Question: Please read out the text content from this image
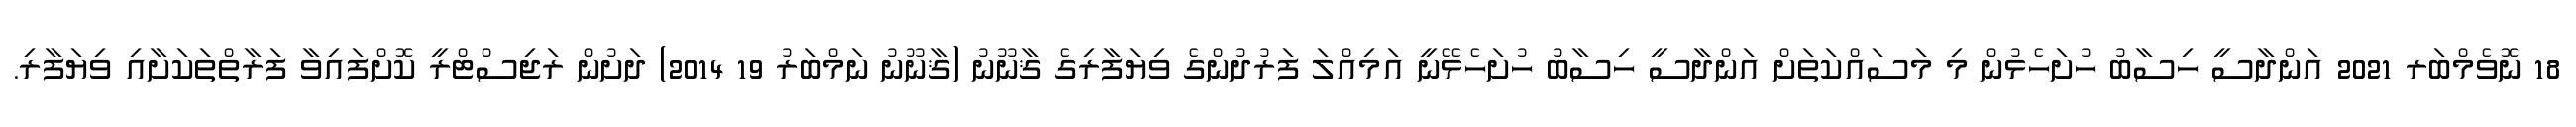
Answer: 18 ނޮވެމްބަރ 2021 އަންދާސީ ހިސާބު ހުށަހެޅުން މި މަސައްކަތަށް އަންދާސީ ހިސާބު ހުށަހެޅޭނީ އަމިއްލަ ފަރުދުންގެ ވިޔަފާރިގެ ޤާނޫނު (ޤާނޫނު ނަމްބަރު 19 2014) ދަށުން ރަޖިސްޓްރީ ކޮށްފައިވާ ފަރާތްތަކަށާއި ވިޔަފާރި.